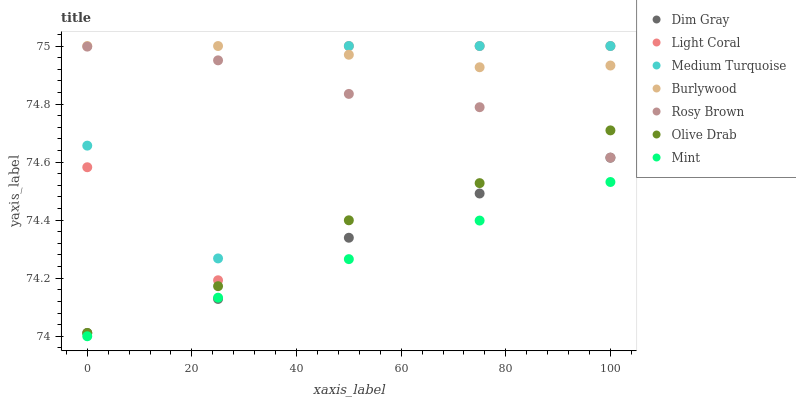
| xaxis_label | Dim Gray | Light Coral | Medium Turquoise | Burlywood | Rosy Brown | Olive Drab | Mint |
 | --- | --- | --- | --- | --- | --- | --- | --- |
 | 0 | 74 | 74.6 | 74.7 | 75 | 75 | 74 | 74 |
 | 25 | 74.1 | 74.2 | 74.3 | 75 | 75 | 74.2 | 74.1 |
 | 50 | 74.3 | 75 | 75 | 75 | 74.8 | 74.4 | 74.3 |
 | 75 | 74.5 | 75 | 75 | 74.9 | 74.8 | 74.5 | 74.4 |
 | 100 | 74.6 | 75 | 75 | 74.9 | 74.6 | 74.7 | 74.5 |